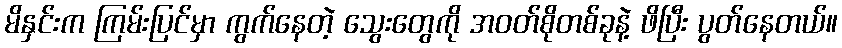
မိနှင်းက ကြမ်းပြင်မှာ ကွက်နေတဲ့ သွေးတွေကို အဝတ်စိုတစ်ခုနဲ့ ဖိပြီး ပွတ်နေတယ်။